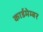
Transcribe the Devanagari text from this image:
कार्डमेम्बर